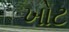
ખોટ